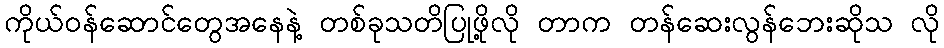
ကိုယ်ဝန်ဆောင်တွေအနေနဲ့ တစ်ခုသတိပြုဖို့လို တာက တန်ဆေးလွန်ဘေးဆိုသ လို